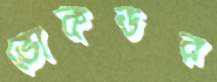
ভোকডর